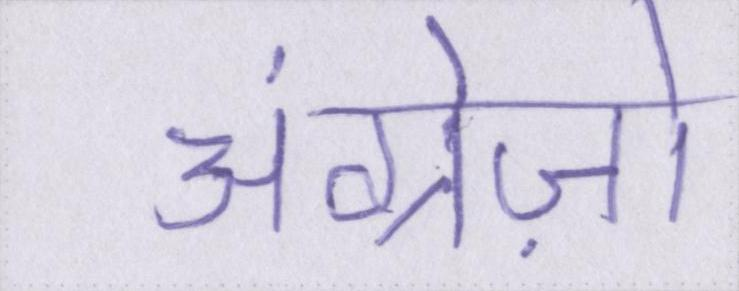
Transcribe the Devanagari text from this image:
अंग्रेज़ो